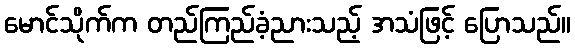
မောင်သိုက်က တည်ကြည်ခံ့ညားသည့် အသံဖြင့် ပြောသည်။